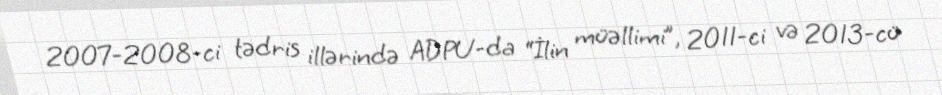
2007-2008-ci tədris illərində ADPU-da “İlin müəllimi”, 2011-ci və 2013-cü